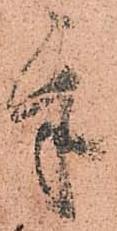
乎